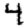
Digit: 4